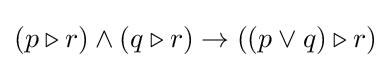
(p\triangleright r)\wedge (q\triangleright r)\rightarrow ((p\vee q)\triangleright r)